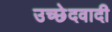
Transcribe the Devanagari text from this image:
उच्छेदवादी